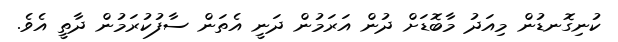
ކުނިގޮނޑުން މިއަދު މާބޮޑަށް ދުން އަރަމުން ދަނީ އެތަން ސާފުކުރަމުން ދާތީ އެވެ.